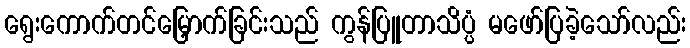
ရွေးကောက်တင်မြှောက်ခြင်းသည် ကွန်ပြူတာသိပ္ပံ မဖော်ပြခဲ့သော်လည်း